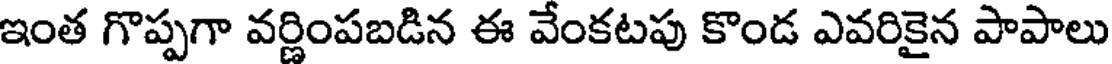
ఇంత గొప్పగా వర్ణింపబడిన ఈ వేంకటపు కొండ ఎవరికైన పాపాలు